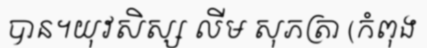
បាន។យុវសិស្ស លីម សុភត្រា (កំពុង